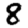
Digit: 8